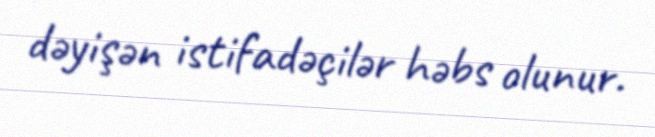
dəyişən istifadəçilər həbs olunur.